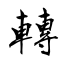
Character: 轉